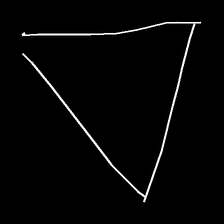
Glyph: convergence